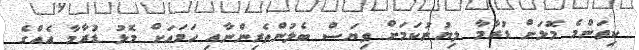
ކިތަންމެ މޮޅަށް ޑުރާމާ ލިޔުނުކަމަށް ވިޔަސް ބެލުންތެރިންނާއި ހަމައަށް މޮޅު ޑުރާމާ އެއްގެ